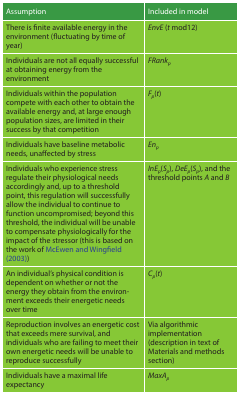
<table><thead><tr><td><b>Assumption</b></td><td><b>Included in model</b></td></tr></thead><tbody><tr><td>There is finite available energy in the environment (fluctuating by time of year)</td><td><i>EnvE</i> (<i>t</i> mod12)</td></tr><tr><td>Individuals are not all equally successful at obtaining energy from the environment</td><td><i>FRank</i><sub><i>p</i></sub></td></tr><tr><td>Individuals within the population compete with each other to obtain the available energy and, at large enough population sizes, are limited in their success by that competition</td><td><i>F</i><sub><i>p</i></sub>(<i>t</i>)</td></tr><tr><td>Individuals have baseline metabolic needs, unaffected by stress</td><td><i>En</i><sub><i>p</i></sub></td></tr><tr><td>Individuals who experience stress regulate their physiological needs accordingly and, up to a threshold point, this regulation will successfully allow the individual to continue to function uncompromised; beyond this threshold, the individual will be unable to compensate physiologically for the impact of the stressor (this is based on the work of McEwen and Wingfield (2003))</td><td><i>InE</i><sub><i>p</i></sub>(<i>S</i><sub><i>p</i></sub>), <i>DeE</i><sub><i>p</i></sub>(<i>S</i><sub><i>p</i></sub>), and the threshold points <i>A</i> and <i>B</i></td></tr><tr><td>An individual&#x27;s physical condition is dependent on whether or not the energy they obtain from the environment exceeds their energetic needs over time</td><td><i>C</i><sub><i>p</i></sub>(<i>t</i>)</td></tr><tr><td>Reproduction involves an energetic cost that exceeds mere survival, and individuals who are failing to meet their own energetic needs will be unable to reproduce successfully</td><td>Via algorithmic implementation (description in text of Materials and methods section)</td></tr><tr><td>Individuals have a maximal life expectancy</td><td><i>MaxA</i><sub><i>p</i></sub></td></tr></tbody></table>